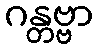
ဂန္တဗ္ဗာ